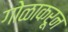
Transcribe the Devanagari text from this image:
गोळाकरून